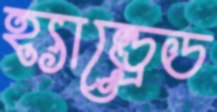
হ্যান্ড্রেড